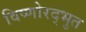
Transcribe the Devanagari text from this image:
विष्णोरद्भुत